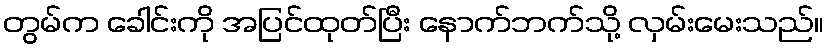
တွမ်က ခေါင်းကို အပြင်ထုတ်ပြီး နောက်ဘက်သို့ လှမ်းမေးသည်။